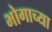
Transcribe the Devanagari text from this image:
भोगाच्या